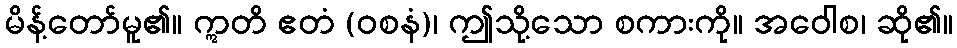
မိန့်တော်မူ၏။ ဣတိ ဧတံ (ဝစနံ)၊ ဤသို့သော စကားကို။ အဝေါစ၊ ဆို၏။